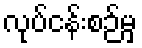
လုပ်ငန်းစဉ်မှ